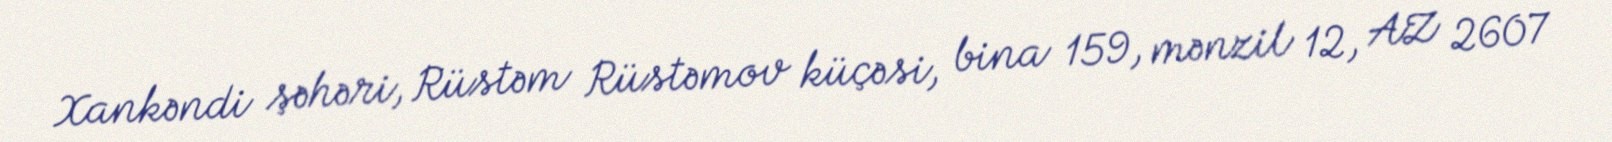
Xankəndi şəhəri, Rüstəm Rüstəmov küçəsi, bina 159, mənzil 12, AZ 2607